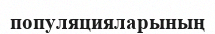
популяцияларының